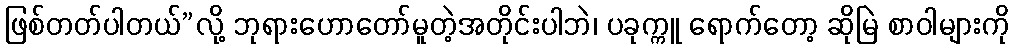
ဖြစ်တတ်ပါတယ်”လို့ ဘုရားဟောတော်မူတဲ့အတိုင်းပါဘဲ၊ ပခုက္ကူ ရောက်တော့ ဆိုမြဲ စာဝါများကို